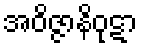
အဝိဇ္ဇာနိဝုဋာ